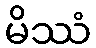
မိဿံ